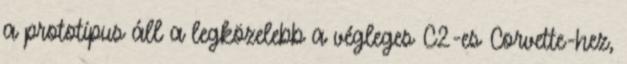
a prototípus áll a legközelebb a végleges C2-es Corvette-hez,